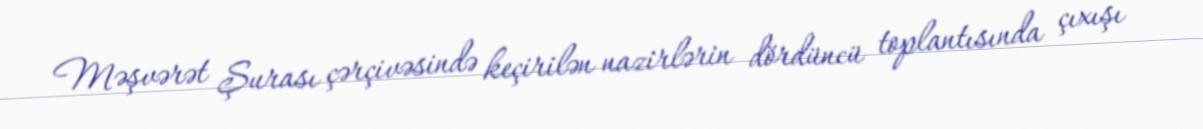
Məşvərət Şurası çərçivəsində keçirilən nazirlərin dördüncü toplantısında çıxışı